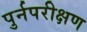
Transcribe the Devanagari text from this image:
पुर्नपरीक्षण